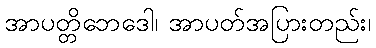
အာပတ္တိဘေဒေါ၊ အာပတ်အပြားတည်း၊